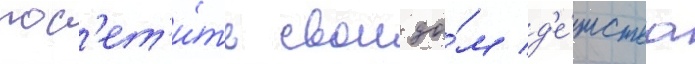
пос'ет'и́ть свои до́м д'е́тства